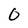
Character: O